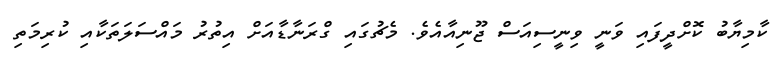
ކާމިޔާބު ކޮށްދީފައި ވަނީ ވިނީސިއަސް ޖޫނިއާއެވެ. މެޗުގައި ގްރަނާޑާއަށް އިތުރު މައްސަލަތަކާއި ކުރިމަތި